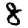
Digit: 8